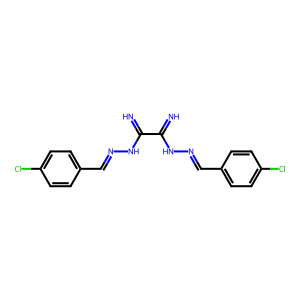
SMILES: N=C(NN=Cc1ccc(Cl)cc1)C(=N)NN=Cc1ccc(Cl)cc1
Inhibits HIV replication: No